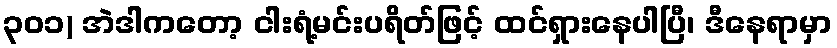
၃၀၁) အဲဒါကတော့ ငါးရံ့မင်းပရိတ်ဖြင့် ထင်ရှားနေပါပြီ၊ ဒီနေရာမှာ